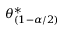
\theta _ { ( 1 - \alpha / 2 ) } ^ { * }